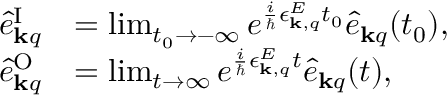
\begin{array} { r l } { \hat { e } _ { { \bf k } q } ^ { \mathrm { I } } } & { = \operatorname* { l i m } _ { t _ { 0 } \rightarrow - \infty } e ^ { \frac { i } { \hbar } \epsilon _ { { \bf k } , q } ^ { E } t _ { 0 } } \hat { e } _ { { \bf k } q } ( t _ { 0 } ) , } \\ { \hat { e } _ { { \bf k } q } ^ { \mathrm { O } } } & { = \operatorname* { l i m } _ { t \rightarrow \infty } e ^ { \frac { i } { \hbar } \epsilon _ { { \bf k } , q } ^ { E } t } \hat { e } _ { { \bf k } q } ( t ) , } \end{array}